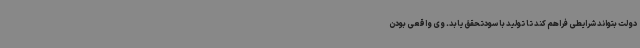
دولت بتواند شرایطی فراهم کند تا تولید با سودتحقق یابد. وی واقعی بودن